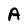
Character: A